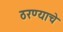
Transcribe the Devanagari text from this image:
ठरण्याचे